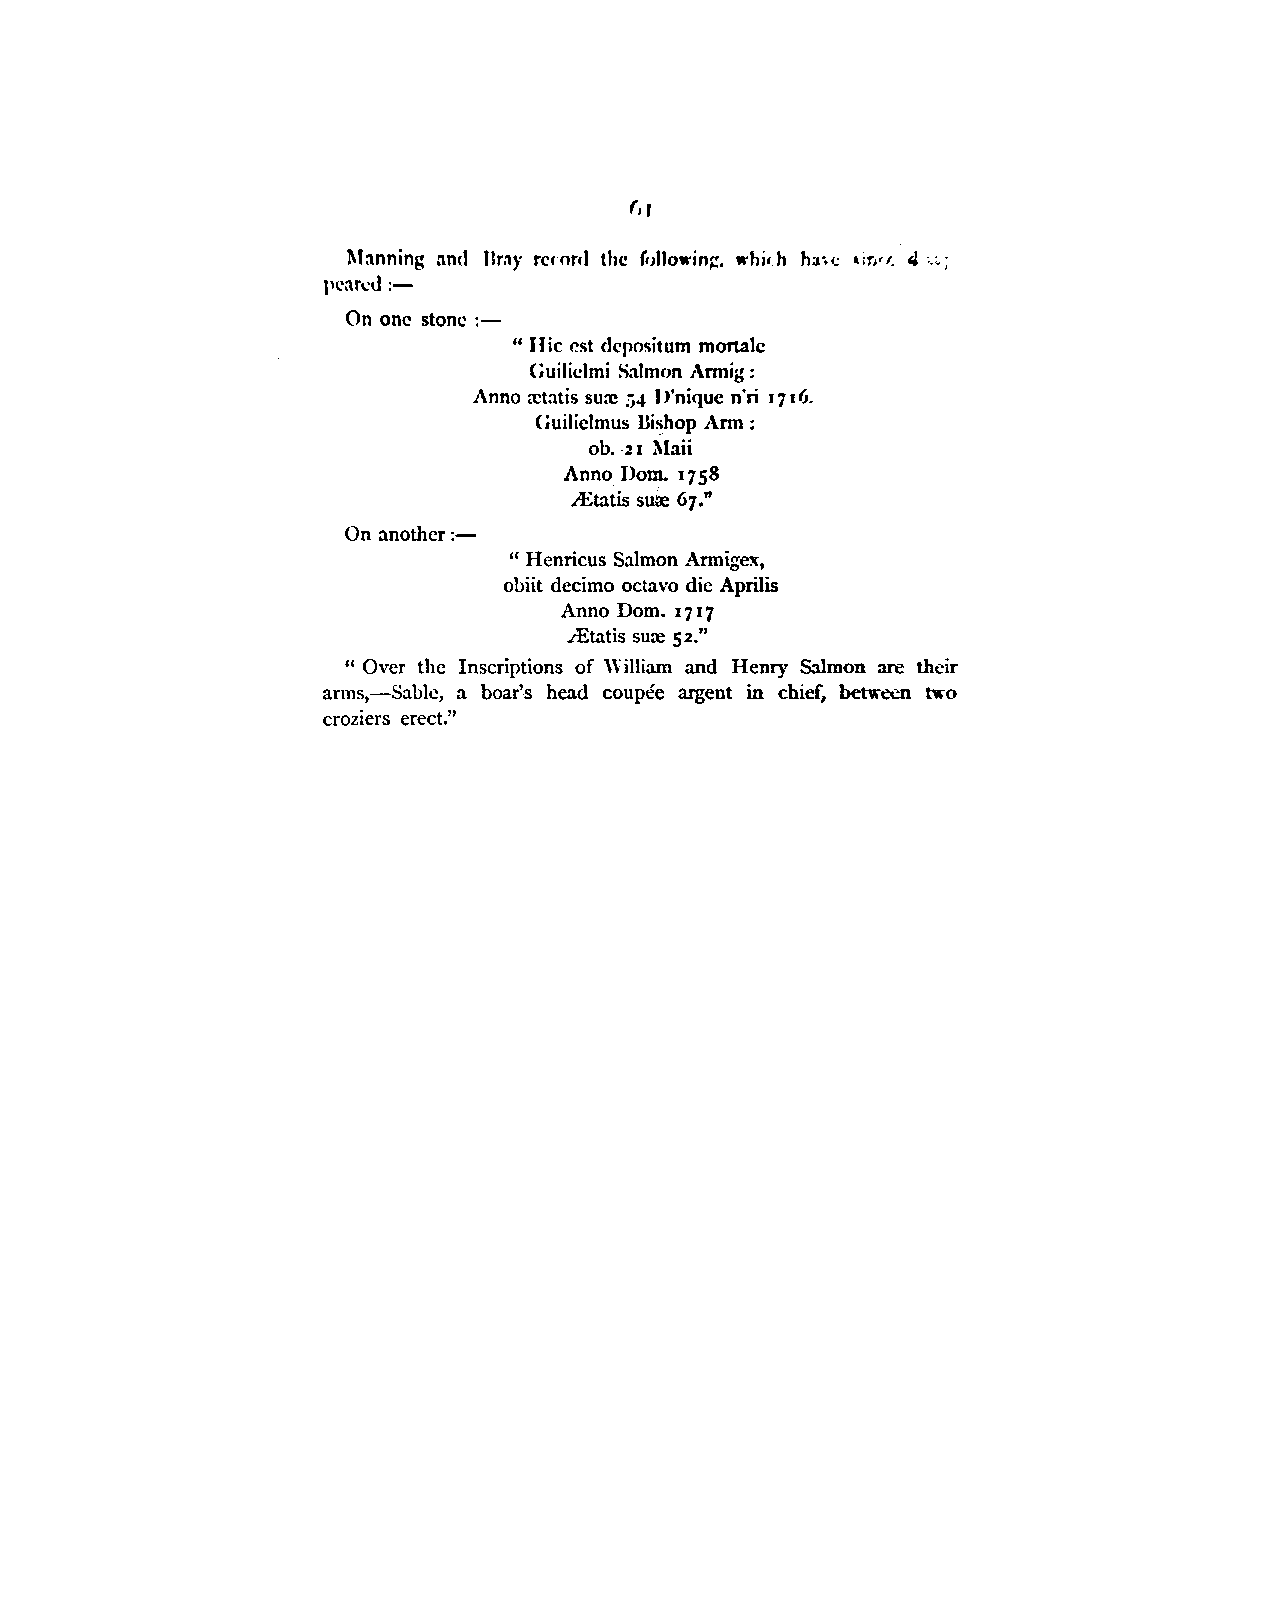
,, r
 l\l:\nning nnd Br:iy rcrnril the follo"·ing-. whi,h h:n•: ,1r,,,. 4 ·-.:.;
 pl•:m:<l :-
 On one stone :-
 " Hie est dcpositum mortalc
 Guiliclmi Salmon Annig:
 Anno a:tatis su:-c r,4 l>'niquc n'ri 1716.
 Guiliclmus llishop Ann :
 ob. 21 Maii
 Anno Dom. 1758
 A:tatis sure 67."
 On another :-
 " Henricus Salmon Armigex,
 obiit decimo octavo die Aprilis
 Anno Dom. 1717
 .LEtatis sure 52."
 "Over the Inscriptions of William and Henry Salmon are their
 arms,-Sable, a boar's head coupee argent in chief, between tlro
 croziers erect."